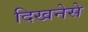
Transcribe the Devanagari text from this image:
दिखनेसे